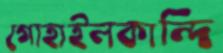
গোহাইলকান্দি